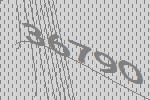
36790